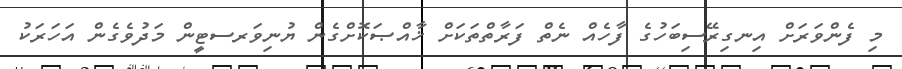
މި ފެންވަރަށް އިނގިރޭސިބަހުގެ ފާހެއް ނެތް ފަރާތްތަކަށް ޚާއްޞަކޮށްގެން ޔުނިވަރސޓީން މަދުވެގެން އަހަރަކު